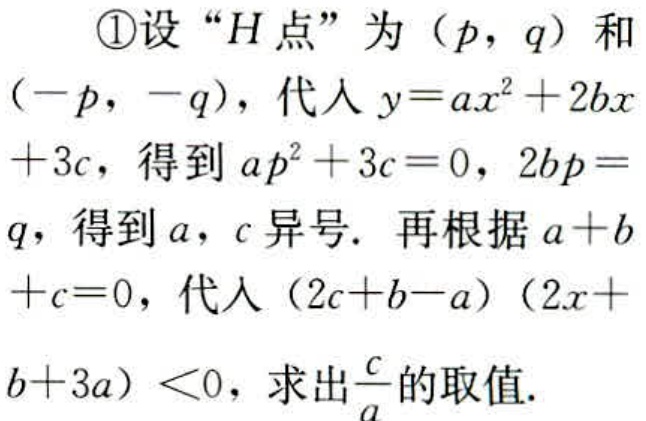
\textcircled{1}设 “\(H\)点” 为\((p,q)\)和\((-p,-q)\)，代入\(y = ax^{2}+2bx + 3c\)，得到\(ap^{2}+3c = 0\)，\(2bp = q\)，得到\(a\)，\(c\)异号. 再根据\(a + b + c = 0\)，代入\((2c + b - a)(2x + b + 3a)<0\)，求出\(\frac{c}{a}\)的取值.